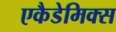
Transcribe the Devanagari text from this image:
एकैडेमिक्स